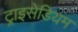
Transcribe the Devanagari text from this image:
ट्राइसेडियम